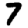
Digit: 7